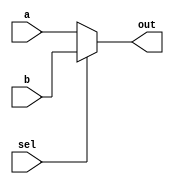
module Mux #(parameter Width = 32)(a, b, sel, out);
    input [Width-1 : 0] a;
    input [Width-1 : 0] b;
    input sel;
    output[Width-1 : 0] out;
    assign out = (sel == 1'b0) ? a : b;
endmodule